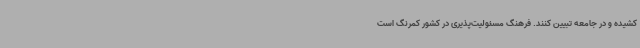
کشیده و در جامعه تبیین کنند. فرهنگ مسئولیت‌پذیری در کشور کمرنگ است